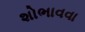
શોભાવવા